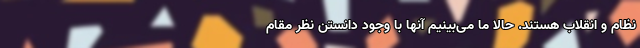
نظام و انقلاب هستند. حالا ما می‌بینیم آنها با وجود دانستن نظر مقام